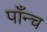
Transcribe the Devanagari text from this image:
पाँन्च